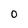
Character: O